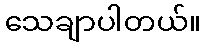
သေချာပါတယ်။